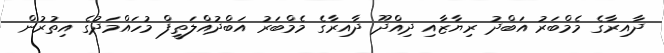
ދާއިރާގެ މެމްބަރު އަބްދު ރިޔާޒާއި ދިއްދޫ ދާއިރާގެ މެމްބަރު އަބްދުއްލަތީފް މުހައްމަދުގެ އިތުރުން